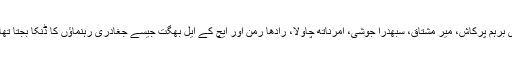
ان کے مطابق وہ دن ہوا ہوئے جب دہلی کی سیاست میں چودھری برہم پرکاش، میر مشتاق، سُبھدرا جوشی، امرناتھ چاولا، رادھا رمن اور ایچ کے ایل بھگت جیسے جغادری رہنماؤں کا ڈنکا بجتا تھا اور یہ لوگ قومی راجدھانی کے بے تاج بادشاہ ہوا کرتے تھے۔